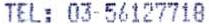
TEL: 03-56127718